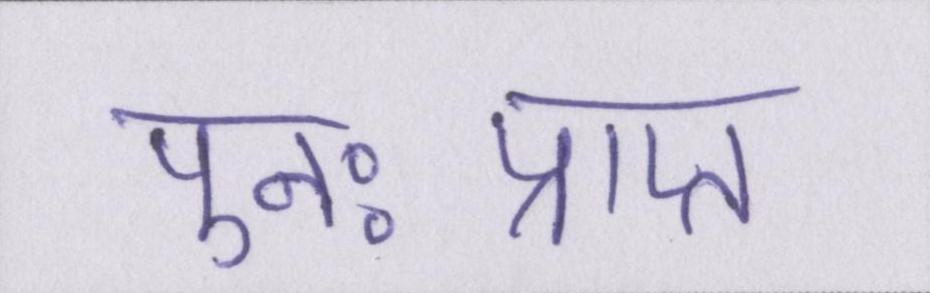
पुनःप्राप्त